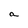
Character: a